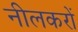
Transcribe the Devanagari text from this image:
नीलकरों